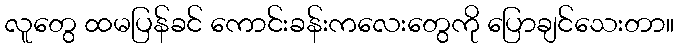
လူတွေ ထမပြန်ခင် ကောင်းခန်းကလေးတွေကို ပြောချင်သေးတာ။